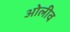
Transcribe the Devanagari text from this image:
ओलीव